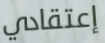
إعتقادي